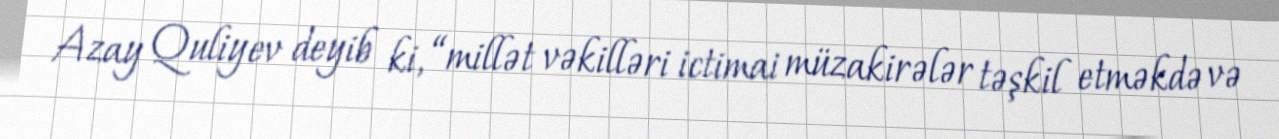
Azay Quliyev deyib ki, “millət vəkilləri ictimai müzakirələr təşkil etməkdə və